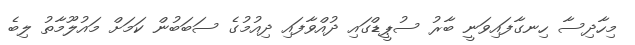
މިހާދިސާ ހިނގާފައިވަނީ ބާރު ސުޕީޑްގައި ދުއްވާފައި ދިއުމުގެ ސަބަބުން ކަމަށް މައުލޫމާތު ލިބެ